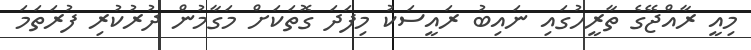
މިއީ ރާއްޖޭގެ ތާރީހުގައި ނައިބު ރައީސަކު މިފަދަ ގޮތަކަށް މަގާމުން ދުރުކުރި ފުރަތަމަ